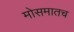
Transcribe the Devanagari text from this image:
मोसमातच